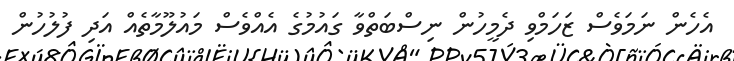
އެހެން ނަމަވެސް ޒަހަމްވި ދެމީހުން ނިސްބަތްވާ ގައުމުގެ އެއްވެސް މައުލޫމާތެއް އަދި ފުލުހުން